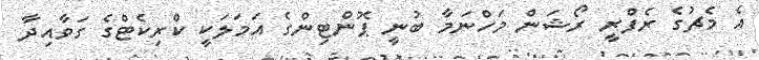
އެ މެޗުގެ ރެފްރީ ރޯޝަން މަހްނަމާ ބުނީ ޕޮންޓިންގެ އަމަލަކީ ކްރިކެޓްގެ ގަވާއިދާ